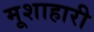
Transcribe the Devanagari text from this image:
मूशाहारी